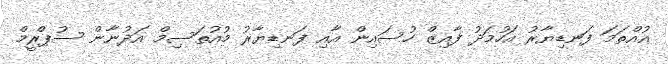
އުއްތަމަ ފަނޑިޔާރު އަހުމަދު ފާއިޒް ހުސައިން އާއި ފަނޑިޔާރު މުއުތަސިމް އަދުނާން ސުޕްރީމް